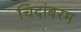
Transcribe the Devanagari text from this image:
चिदांबरम